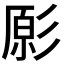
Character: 𭛔